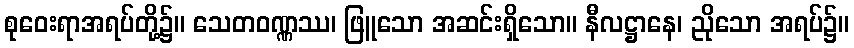
စုဝေးရာအရပ်တို့၌။ သေတဝဏ္ဏဿ၊ ဖြူသော အဆင်းရှိသော။ နီလဋ္ဌာနေ၊ ညိုသော အရပ်၌။